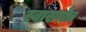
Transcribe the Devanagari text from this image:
स्वासयंत्र